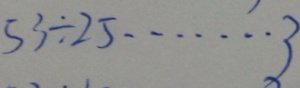
5 3 \div 2 5 \cdots 3